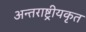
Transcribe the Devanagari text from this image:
अन्तराष्ट्रीयकृत